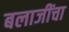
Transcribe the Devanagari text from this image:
बलाजींचा